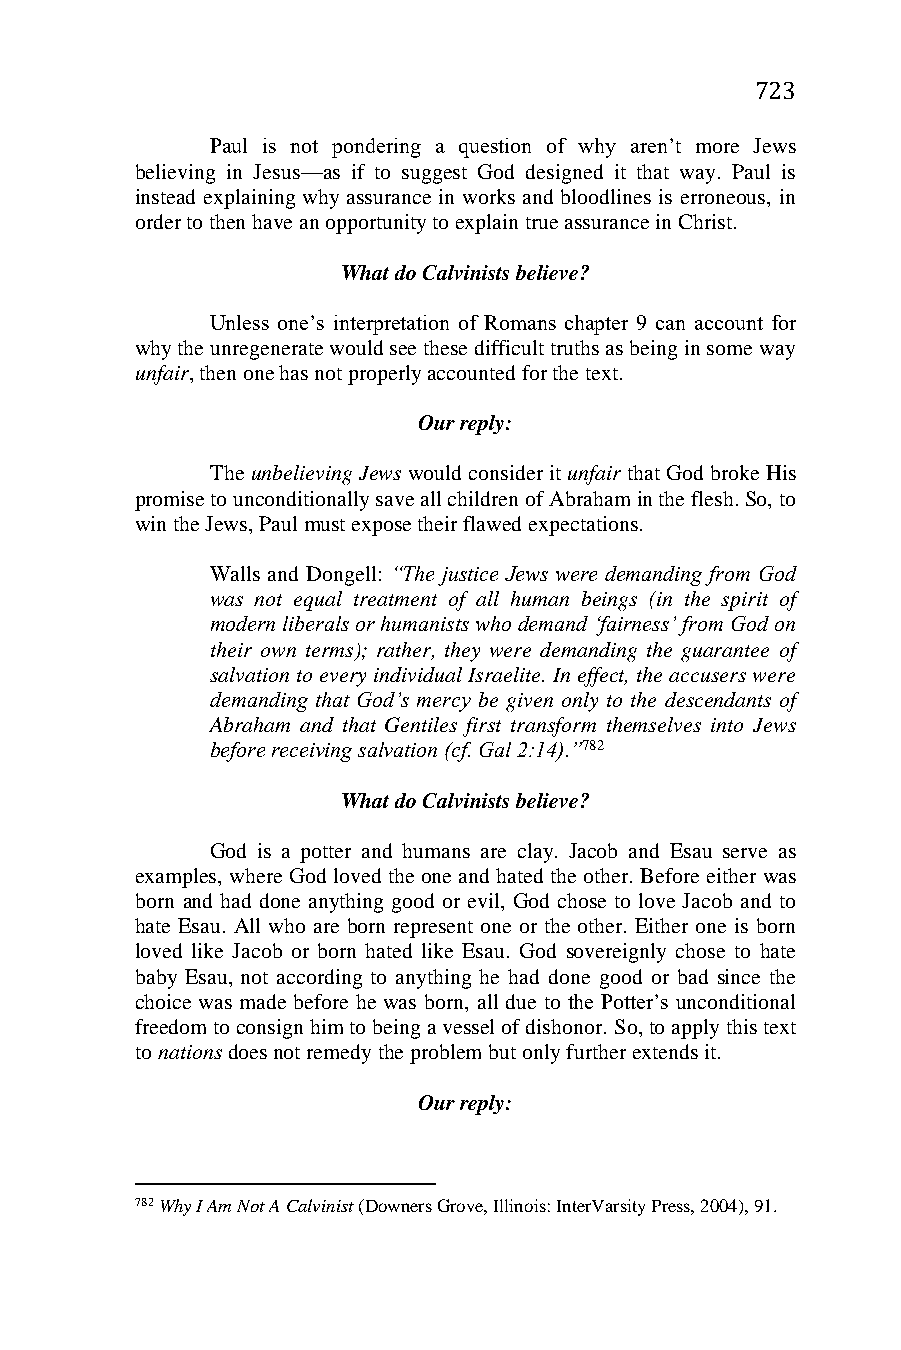
723
 Paul is not pondering a question of why aren’t more Jews
 believing in Jesus—as if to suggest God designed it that way. Paul is
 instead explaining why assurance in works and bloodlines is erroneous, in
 order to then have an opportunity to explain true assurance in Christ.
 What do Calvinists believe?
 Unless one’s interpretation of Romans chapter 9 can account for
 why the unregenerate would see these difficult truths as being in some way
 unfair, then one has not properly accounted for the text.
 Our reply:
 The unbelieving Jews would consider it unfair that God broke His
 promise to unconditionally save all children of Abraham in the flesh. So, to
 win the Jews, Paul must expose their flawed expectations.
 Walls and Dongell: “The justice Jews were demanding from God
 was not equal treatment of all human beings (in the spirit of
 modern liberals or humanists who demand ‘fairness’ from God on
 their own terms); rather, they were demanding the guarantee of
 salvation to every individual Israelite. In effect, the accusers were
 demanding that God’s mercy be given only to the descendants of
 Abraham and that Gentiles first transform themselves into Jews
 before receiving salvation (cf. Gal 2:14).”782
 What do Calvinists believe?
 God is a potter and humans are clay. Jacob and Esau serve as
 examples, where God loved the one and hated the other. Before either was
 born and had done anything good or evil, God chose to love Jacob and to
 hate Esau. All who are born represent one or the other. Either one is born
 loved like Jacob or born hated like Esau. God sovereignly chose to hate
 baby Esau, not according to anything he had done good or bad since the
 choice was made before he was born, all due to the Potter’s unconditional
 freedom to consign him to being a vessel of dishonor. So, to apply this text
 to nations does not remedy the problem but only further extends it.
 Our reply:
 782 Why I Am Not A Calvinist (Downers Grove, Illinois: InterVarsity Press, 2004), 91.